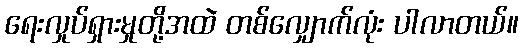
ရေးလှုပ်ရှားမှုတို့အထဲ တစ်လျှောက်လုံး ပါလာတယ်။